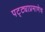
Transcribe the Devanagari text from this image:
पट्ट्याप्रमाणेच